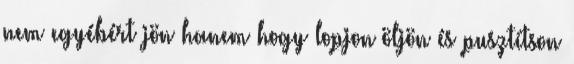
nem egyébért jön hanem hogy lopjon öljön és pusztítson